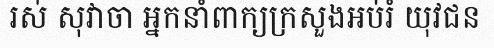
រស់ សុវាចា អ្នកនាំពាក្យក្រសួងអប់រំ យុវជន